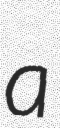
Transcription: a